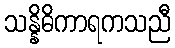
သန္နိဓိကာရကသညီ